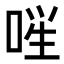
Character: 𪡚